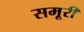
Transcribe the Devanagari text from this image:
समूरी